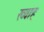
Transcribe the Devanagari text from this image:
ख्वाह